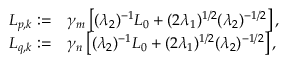
\begin{array} { r l } { L _ { p , k } : = } & { \gamma _ { m } \left[ ( \lambda _ { 2 } ) ^ { - 1 } L _ { 0 } + ( 2 \lambda _ { 1 } ) ^ { 1 / 2 } ( \lambda _ { 2 } ) ^ { - 1 / 2 } \right] , } \\ { L _ { q , k } : = } & { \gamma _ { n } \left[ ( \lambda _ { 2 } ) ^ { - 1 } L _ { 0 } + ( 2 \lambda _ { 1 } ) ^ { 1 / 2 } ( \lambda _ { 2 } ) ^ { - 1 / 2 } \right] , } \end{array}